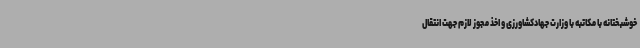
خوشبختانه با مکاتبه با وزارت جهادکشاورزی و اخذ مجوز لازم جهت انتقال